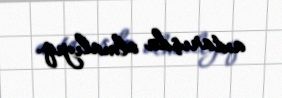
axtarışda olmalıyıq.